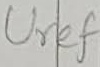
Text: Uref